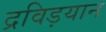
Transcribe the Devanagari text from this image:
द्रविड़यान